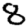
Digit: 8